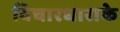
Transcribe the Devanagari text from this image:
विचारधाराके